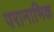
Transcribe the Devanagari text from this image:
परानाभिक